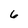
Character: 6